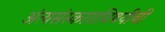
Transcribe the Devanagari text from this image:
अंत्यसंस्काराविषयीची